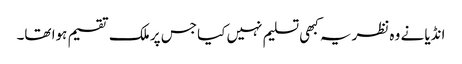
انڈیا نے وہ نظریہ کبھی تسلیم نہیں کیا جس پر ملک تقسیم ہوا تھا۔